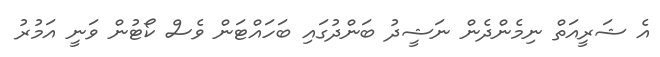
އެ ޝަރީއަތް ނިމެންދެން ނަޝީދު ބަންދުގައި ބަހައްޓަން ވެސް ކޯޓުން ވަނީ އަމުރު